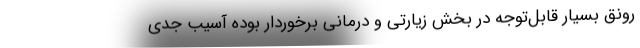
رونق بسیار قابل‌توجه در بخش زیارتی و درمانی برخوردار بوده آسیب جدی